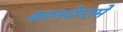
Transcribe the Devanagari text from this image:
कानवेन्टमे